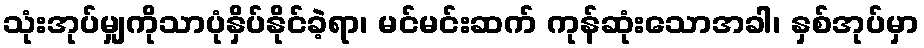
သုံးအုပ်မျှကိုသာပုံနှိပ်နိုင်ခဲ့ရာ၊ မင်မင်းဆက် ကုန်ဆုံးသောအခါ၊ နှစ်အုပ်မှာ